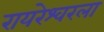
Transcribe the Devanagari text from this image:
रायरेश्वरला